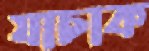
যাচাক